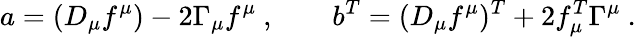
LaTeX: a=(D_{\mu}f^{\mu})-2\Gamma_{\mu}f^{\mu}\ ,\qquad b^{T}=(D_{\mu}f^{\mu})^{T}+2f_{\mu}^{T}\Gamma^{\mu}\ .